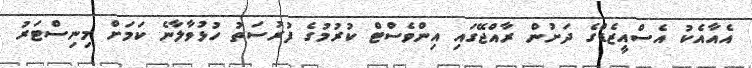
އެއާއެކު އެސްއީޒެޑްގެ ދަށުން ރާއްޖޭގައި އިންވެސްޓް ކުރުމުގެ ފުރުސަތު ހުޅުވާލާނެ ކަަމަށް މިނިސްޓަރު